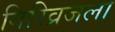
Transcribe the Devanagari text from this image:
गिरिव्रजला